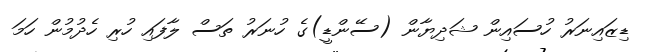
ޑިޒައިނަރު ހުސައިން ޝަދިޔާން (ސޭންޑީ)ގެ ހުނަރު ތަސް ލާފައި ހުރި ހެދުމުން ހަމަ